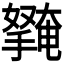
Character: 𭢱